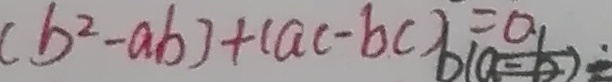
( b ^ { 2 } - a b ) + ( a c - b c ) = 0